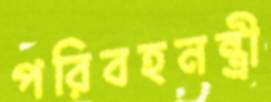
পরিবহনন্ত্রী